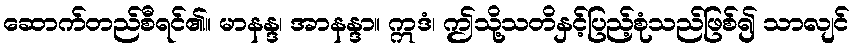
ဆောက်တည်စီရင်၏။ မာနန္ဒ၊ အာနန္ဒာ။ ဣဒံ၊ ဤသို့သတိနှင့်ပြည့်စုံသည်ဖြစ်၍ သာလျင်